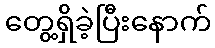
တွေ့ရှိခဲ့ပြီးနောက်